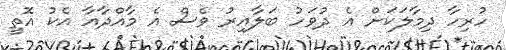
ހުރިހާ ދިމާލަކަށް އެ ދުވަހު ބަލާއިރު ވެސް އެ މާއްދާއާ އެކު އޮތީ